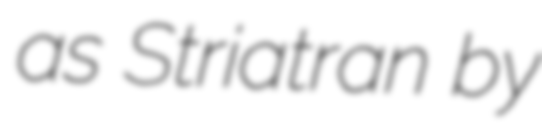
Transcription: as Striatran by